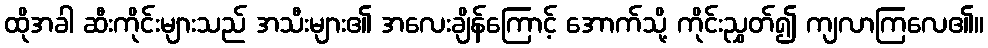
ထိုအခါ ဆီးကိုင်းများသည် အသီးများ၏ အလေးချိန်ကြောင့် အောက်သို့ ကိုင်းညွှတ်၍ ကျလာကြလေ၏။